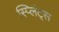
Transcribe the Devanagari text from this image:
स्प्लिंट्स